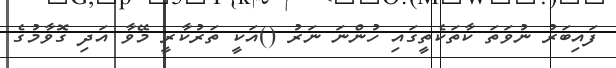
ފައިބަރު ނުވަތަ ކާތަކެތީގައި ހުންނަ ނަރު ()އަކީ ތަރުކާރީ މޭވާ އަދި ގޮވާމުގެ